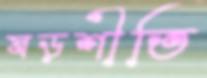
ষড়শীতি